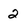
Character: 2